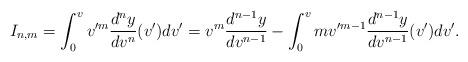
LaTeX: \begin{align*} I_{n,m}=\int_0^vv'^m\frac{d^ny}{dv^n}(v')dv'=v^m\frac{d^{n-1}y}{dv^{n-1}}-\int_0^vmv'^{m-1}\frac{d^{n-1}y}{dv^{n-1}}(v')dv'.\end{align*}